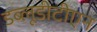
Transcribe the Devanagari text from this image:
डब्लूडीटीएन